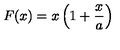
F ( x ) = x \left( 1 + \frac { x } { a } \right)